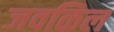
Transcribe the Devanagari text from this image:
जवळिल